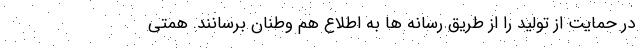
در حمایت از تولید را از طریق رسانه ها به اطلاع هم وطنان برسانند. همتی